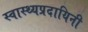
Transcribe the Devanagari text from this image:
स्वास्थ्यप्रदायिनी